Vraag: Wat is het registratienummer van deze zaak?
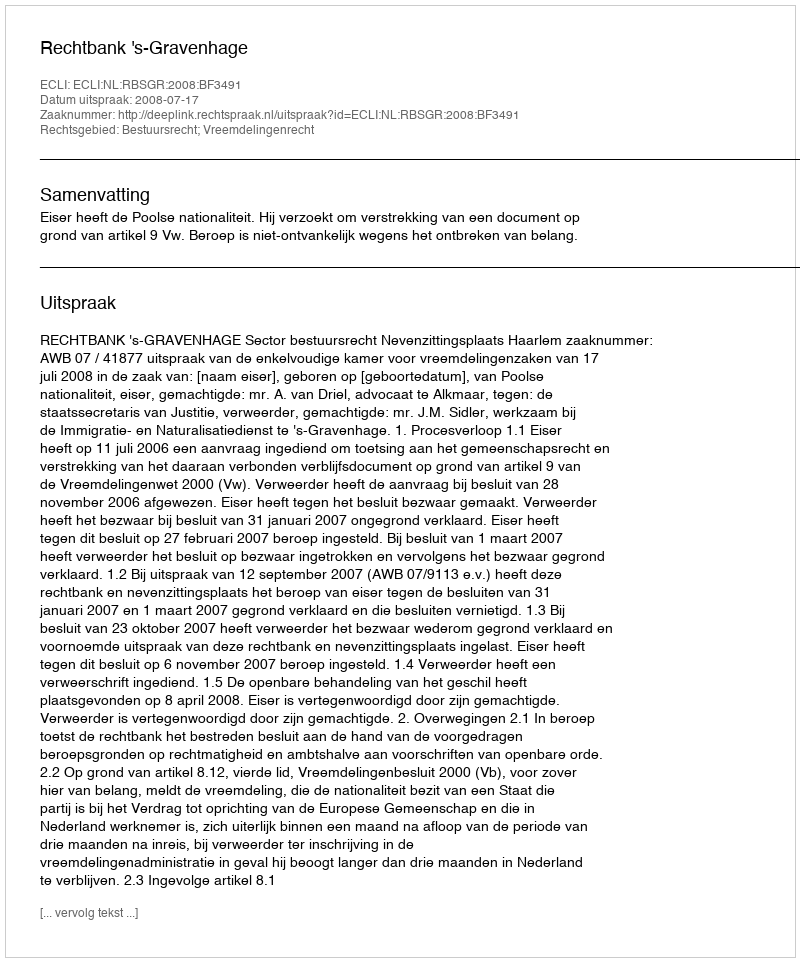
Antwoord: http://deeplink.rechtspraak.nl/uitspraak?id=ECLI:NL:RBSGR:2008:BF3491